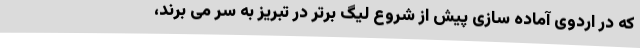
که در اردوی آماده سازی پیش از شروع لیگ برتر در تبریز به سر می برند،‌